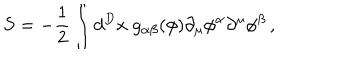
LaTeX: S = - \frac 1 2 \int d ^ { D } x \; g _ { \alpha \beta } ( \phi ) \partial _ { \mu } \phi ^ { \alpha } \partial ^ { \mu } \phi ^ { \beta } \, ,